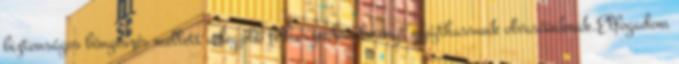
biztonságos böngészés mellett a legjobb felhasználói élményt nyújthassunk olvasóinknak.Elfogadom